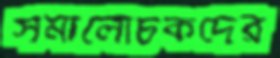
সমালোচকদের